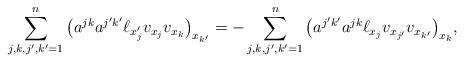
LaTeX: \begin{align*} \sum_{j,k,j',k'=1}^n\big(a^{jk}a^{j'k'}\ell_{x_j'}v_{x_j}v_{x_k}\big)_{x_{k'}}=-\sum_{j,k,j',k'=1}^n\big(a^{j'k'}a^{jk}\ell_{x_j}v_{x_{j'}}v_{x_{k'}}\big)_{x_{k}},\end{align*}